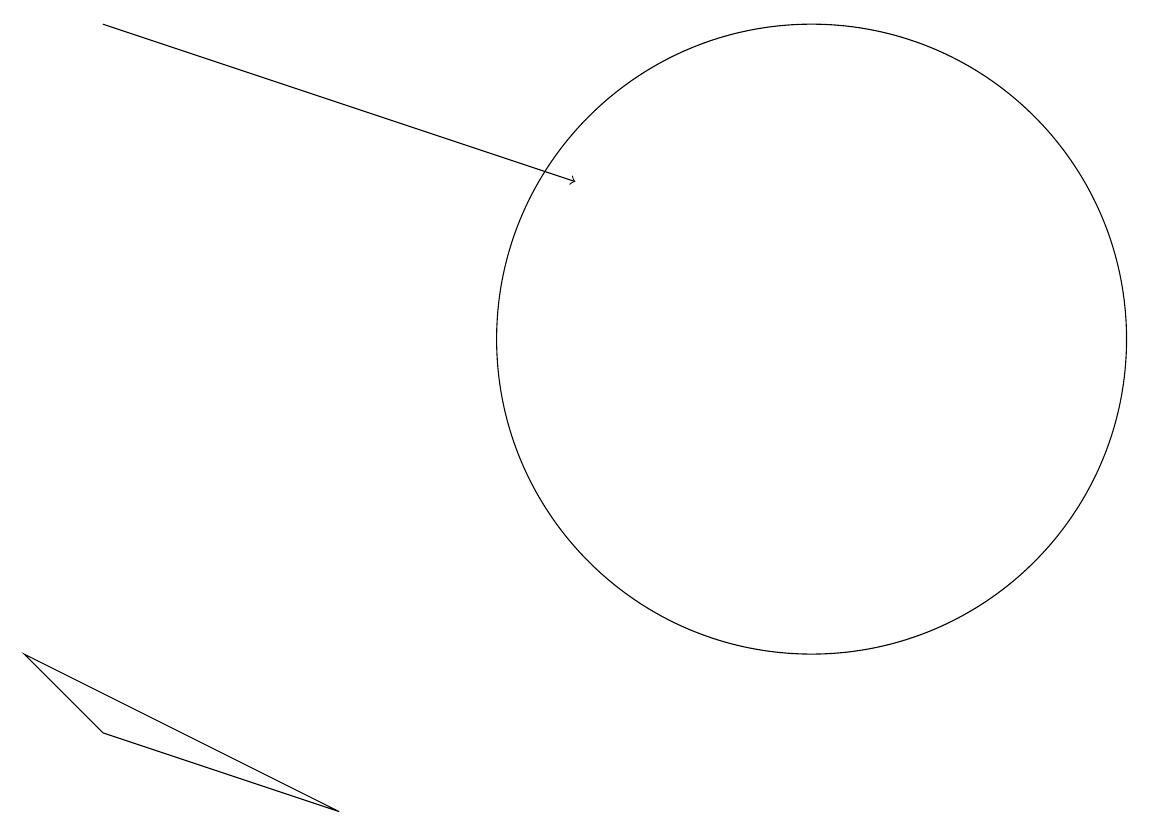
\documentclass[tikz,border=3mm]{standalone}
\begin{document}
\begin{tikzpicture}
\draw (10,12) circle (4);
\draw (1,7) -- (4,6) -- (0,8) -- cycle;
\draw (10,12) circle (0);
\draw[->] (1,16) -- (7,14);
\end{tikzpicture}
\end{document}